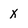
Character: X